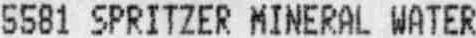
5581 SPRITZER MINERAL WATER